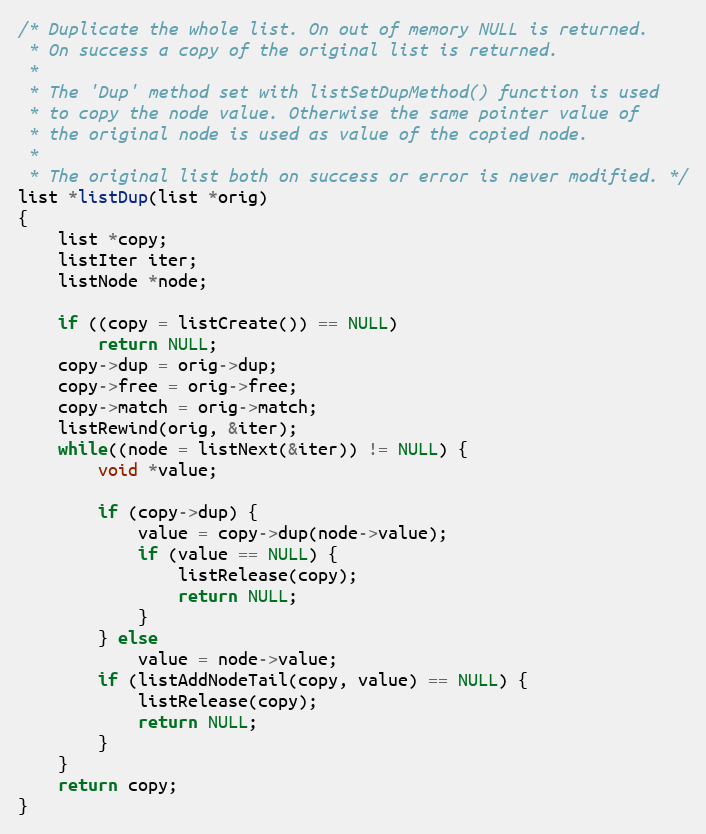
Language: C
/* Duplicate the whole list. On out of memory NULL is returned.
 * On success a copy of the original list is returned.
 *
 * The 'Dup' method set with listSetDupMethod() function is used
 * to copy the node value. Otherwise the same pointer value of
 * the original node is used as value of the copied node.
 *
 * The original list both on success or error is never modified. */
list *listDup(list *orig)
{
    list *copy;
    listIter iter;
    listNode *node;

    if ((copy = listCreate()) == NULL)
        return NULL;
    copy->dup = orig->dup;
    copy->free = orig->free;
    copy->match = orig->match;
    listRewind(orig, &iter);
    while((node = listNext(&iter)) != NULL) {
        void *value;

        if (copy->dup) {
            value = copy->dup(node->value);
            if (value == NULL) {
                listRelease(copy);
                return NULL;
            }
        } else
            value = node->value;
        if (listAddNodeTail(copy, value) == NULL) {
            listRelease(copy);
            return NULL;
        }
    }
    return copy;
}